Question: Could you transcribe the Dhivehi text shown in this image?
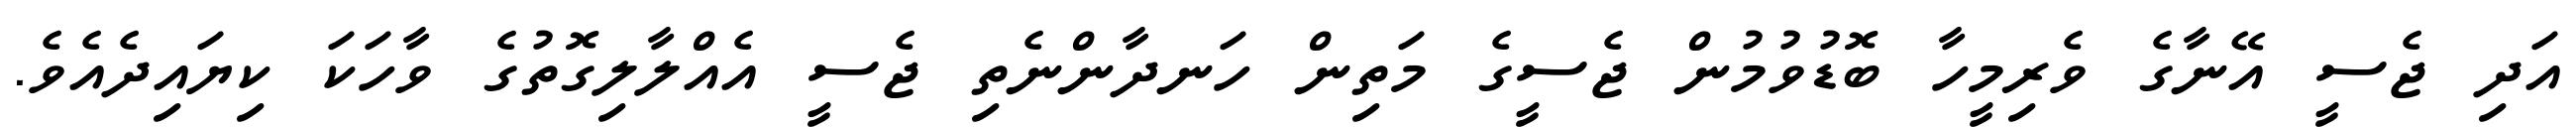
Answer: އަދި ޖެސީ އޭނާގެ ވެރިމީހާ ބޮޑުވުމުން ޖެސީގެ މަތިން ހަނދާންނެތި ޖެސީ އެއްލާލިގޮތުގެ ވާހަކަ ކިޔައިދެއެވެ.